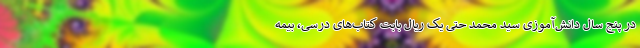
در پنج سال دانش‌آموزی سید محمد حتی یک ریال بابت کتاب‌های درسی، بیمه